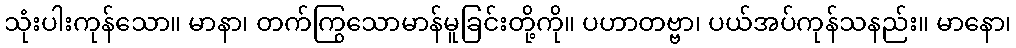
သုံးပါးကုန်သော။ မာနာ၊ တက်ကြွသောမာန်မူခြင်းတို့ကို။ ပဟာတဗ္ဗာ၊ ပယ်အပ်ကုန်သနည်း။ မာနော၊